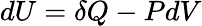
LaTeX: dU=\delta Q-PdV